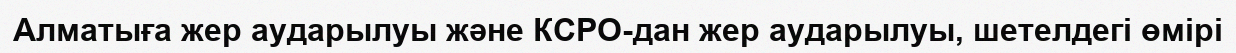
Алматыға жер аударылуы және КСРО-дан жер аударылуы, шетелдегі өмірі